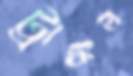
ট্রাঙ্কল